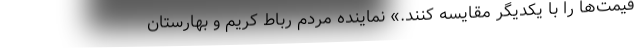
قیمت‌ها را با یکدیگر مقایسه کنند.» نماینده مردم رباط کریم و بهارستان